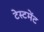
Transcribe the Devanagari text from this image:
टेस्टमेंट